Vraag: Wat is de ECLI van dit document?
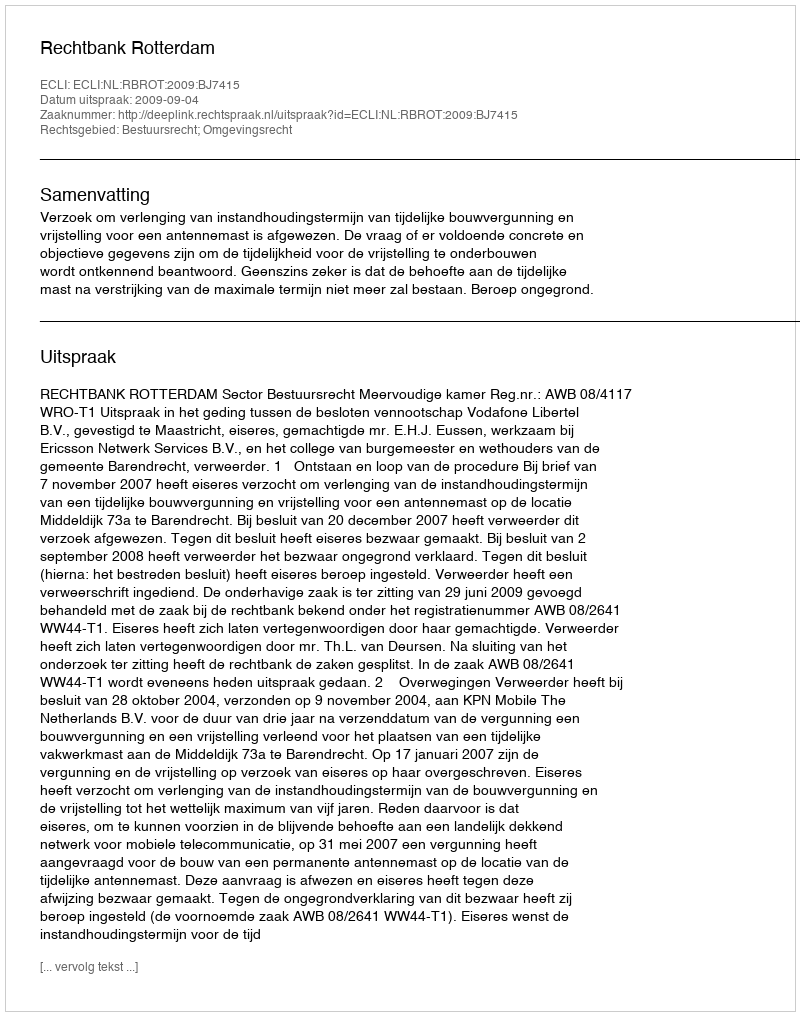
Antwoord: ECLI:NL:RBROT:2009:BJ7415